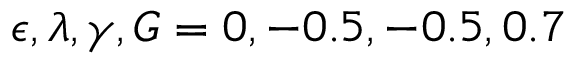
\epsilon , \lambda , \gamma , G = 0 , - 0 . 5 , - 0 . 5 , 0 . 7